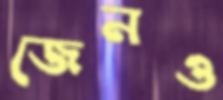
জেনও